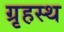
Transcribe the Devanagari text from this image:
ग्रृहस्थ